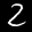
Label: 2